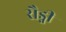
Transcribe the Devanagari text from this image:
रौड्नी